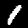
Label: 1